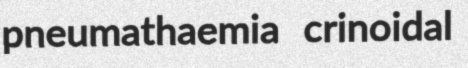
pneumathaemia crinoidal